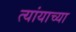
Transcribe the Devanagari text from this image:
त्यांयाच्या